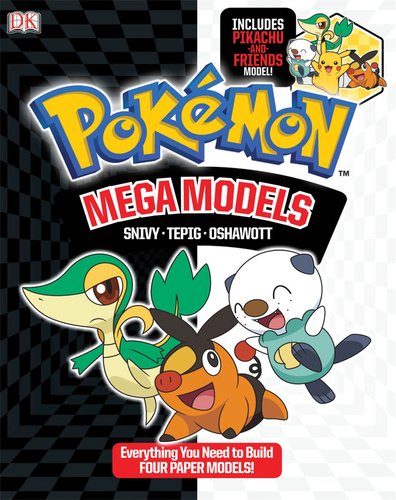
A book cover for Pokemon Mega Models: Build Snivy, Oshawatt and Tepig; BradyGames; Computers & Technology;